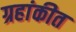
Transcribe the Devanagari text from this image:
ग्रहांकीत